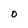
Character: O